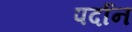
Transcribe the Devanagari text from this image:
पर्दान